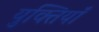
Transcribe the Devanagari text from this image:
युक्‍तियॉं